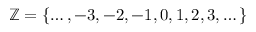
\mathbb { Z } = \{ \dots , - 3 , - 2 , - 1 , 0 , 1 , 2 , 3 , \dots \}